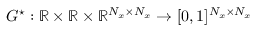
G ^ { \star } : \mathbb { R } \times \mathbb { R } \times \mathbb { R } ^ { N _ { x } \times N _ { x } } \to [ 0 , 1 ] ^ { N _ { x } \times N _ { x } }